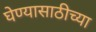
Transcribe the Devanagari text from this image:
घेण्यासाठीच्या